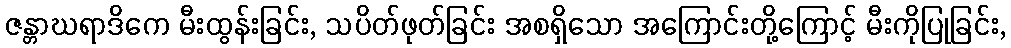
ဇန္တာဃရာဒိကေ မီးထွန်းခြင်း, သပိတ်ဖုတ်ခြင်း အစရှိသော အကြောင်းတို့ကြောင့် မီးကိုပြုခြင်း,